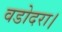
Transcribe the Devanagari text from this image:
वडोदरा।